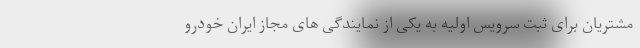
مشتریان برای ثبت سرویس اولیه به یکی از نمایندگی های مجاز ایران خودرو